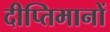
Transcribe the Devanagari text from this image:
दीप्तिमानों